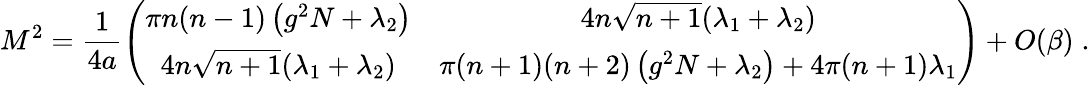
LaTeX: M^{2}=\frac{1}{4a}\left(\begin{array}{cc}{{\pi n(n-1)\left(g^{2}N+\lambda_{2}\right)}}&{{4n\sqrt{n+1}(\lambda_{1}+\lambda_{2})}}\\ {{4n\sqrt{n+1}(\lambda_{1}+\lambda_{2})}}&{{\pi(n+1)(n+2)\left(g^{2}N+\lambda_{2}\right)+4\pi(n+1)\lambda_{1}}}\end{array}\right)+O(\beta)\; .